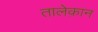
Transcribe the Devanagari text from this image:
तालेक़ान